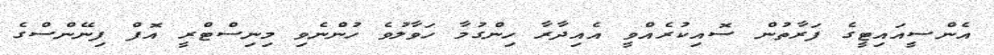
އެންސީއައިޓީގެ ފަރާތުން ސޮއިކުރެއްވީ އެއިދާރާ ހިންގުމާ ހަވާލުވެ ހުންނެވި މިނިސްޓްރީ އޮފް ފިނޭންސްގެ